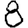
Digit: 8